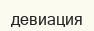
девиация